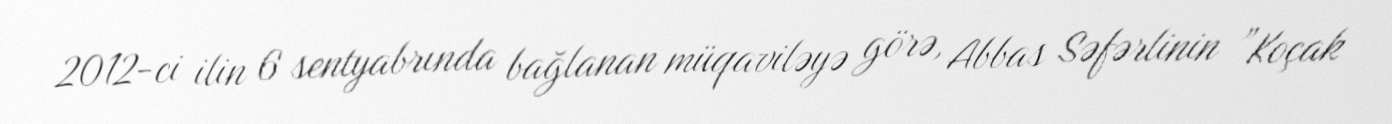
2012-ci ilin 6 sentyabrında bağlanan müqaviləyə görə, Abbas Səfərlinin ”Koçak